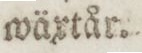
wäxtår.